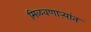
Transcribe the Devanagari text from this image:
मिळवणाऱ्यांत